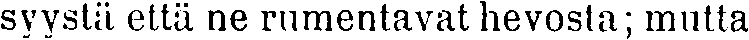
syystä että ne rumentavat hevosta; mutta